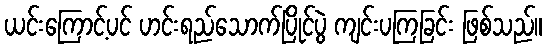
ယင်းကြောင့်ပင် ဟင်းရည်သောက်ပြိုင်ပွဲ ကျင်းပကြခြင်း ဖြစ်သည်။